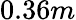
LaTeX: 0.36m